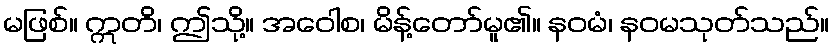
မဖြစ်။ ဣတိ၊ ဤသို့။ အဝေါစ၊ မိန့်တော်မူ၏။ နဝမံ၊ နဝမသုတ်သည်။